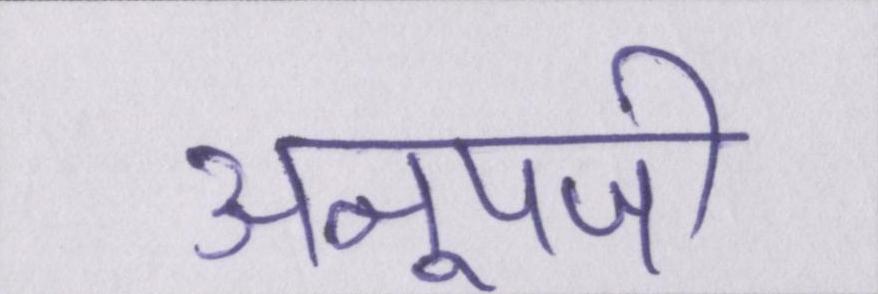
अनूपजी